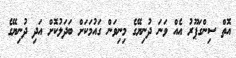
އޮތް ސިންގަޕޫރު އެއް ވަނަ ދުނިޔޭގެ މިނިވަން ގައުމަކަށް ބަދަލުކޮށް އަދި ދުނިޔޭގެ